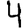
Digit: 4